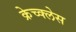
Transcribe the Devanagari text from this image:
क्रेच्क्लेस